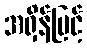
အရှိန်မြင့်